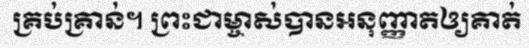
គ្រប់គ្រាន់។ ព្រះជាម្ចាស់បានអនុញ្ញាតឲ្យគាត់